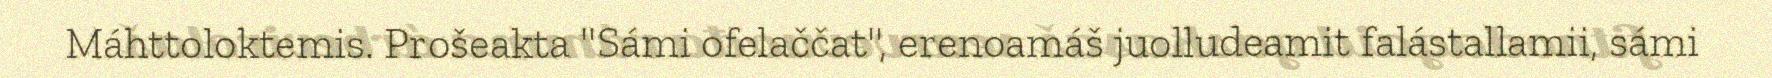
Máhttoloktemis. Prošeakta "Sámi ofelaččat", erenoamáš juolludeamit falástallamii, sámi